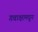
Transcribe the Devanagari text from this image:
गवाक्षामधून